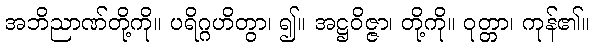
အဘိညာဏ်တို့ကို။ ပရိဂ္ဂဟိတွာ၊ ၍။ အဋ္ဌဝိဇ္ဇာ၊ တို့ကို။ ဝုတ္တာ၊ ကုန်၏။